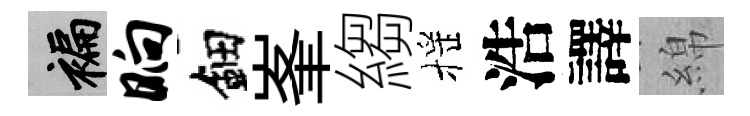
褊晌鈿峯縐摇浩譯綿